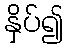
နှိပ်၍